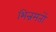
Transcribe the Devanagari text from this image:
भिन्नमतों